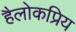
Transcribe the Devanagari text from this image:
हैलोकप्रिय